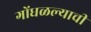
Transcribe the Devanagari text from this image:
गोंधळल्याची